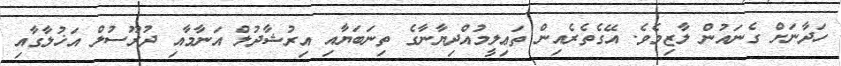
ހަދާނަށް ގެނައުން ލާޒިމެވެ. އޭގެތެރެއިން ތަޢިލީމުއްދިޔާނާގެ ތިނަބަޔާއި އިރުޝާދުލް އަނާމާއި ދުރޫސުލް އަޚުލާގާއި